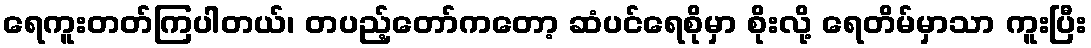
ရေကူးတတ်ကြပါတယ်၊ တပည့်တော်ကတော့ ဆံပင်ရေစိုမှာ စိုးလို့ ရေတိမ်မှာသာ ကူးပြီး